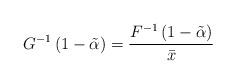
LaTeX: \begin{align*}G^{-1}\left(1-\tilde{\alpha}\right) & =\frac{F^{-1}\left(1-\tilde{\alpha}\right)}{\bar{x}}\end{align*}